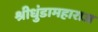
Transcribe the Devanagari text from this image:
श्रीधुंडामहाराज